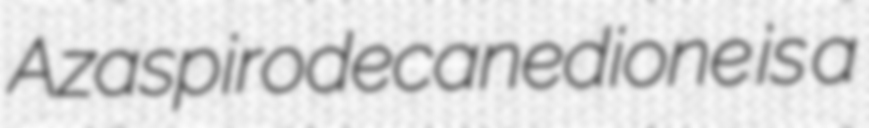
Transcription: Azaspirodecanedione is a